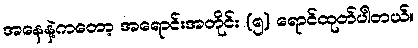
အနေနဲ့ကတော့ အရောင်းအတိုင်း (၅) ရောင်ထုတ်ပါတယ်။